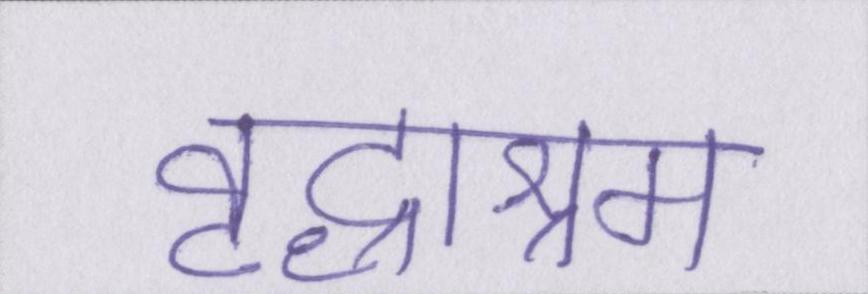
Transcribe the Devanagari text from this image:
वृद्धाश्रम